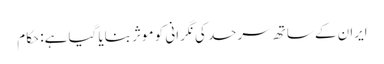
ایران کے ساتھ سرحد کی نگرانی کو موثر بنایا گیا ہے: حکام